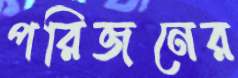
পরিজনের